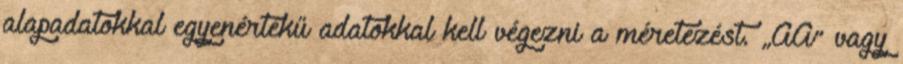
alapadatokkal egyenértékű adatokkal kell végezni a méretezést. „AA” vagy